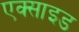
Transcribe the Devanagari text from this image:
एक्साइड